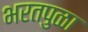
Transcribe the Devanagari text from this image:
भरतपुळा